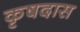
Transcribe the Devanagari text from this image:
कृषदास